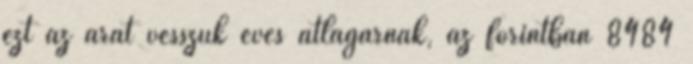
ezt az árat vesszük éves átlagárnak, az forintban 8484